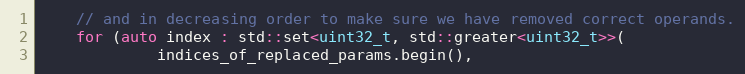
Language: C++
    // and in decreasing order to make sure we have removed correct operands.
    for (auto index : std::set<uint32_t, std::greater<uint32_t>>(
             indices_of_replaced_params.begin(),